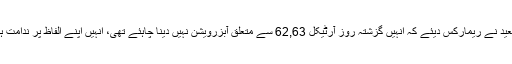
سماعت کے آغاز پر جسٹس آصف سعید نے ریمارکس دیئے کہ انہیں گزشتہ روز آرٹیکل 62,63 سے متعلق آبزرویشن نہیں دینا چاہئے تھی، انہیں اپنے الفاظ پر ندامت ہے اور وہ ان الفاظ کو واپس لیتے ہیں۔